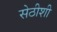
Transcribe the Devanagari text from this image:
सेठीशी